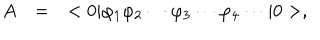
\begin{array} { r c l } { { A } } & { { = } } & { { < 0 | \varphi _ { 1 } \varphi _ { 2 } \cdots \varphi _ { 3 } \cdots \varphi _ { 4 } \cdots | 0 > , } } \\ \end{array}